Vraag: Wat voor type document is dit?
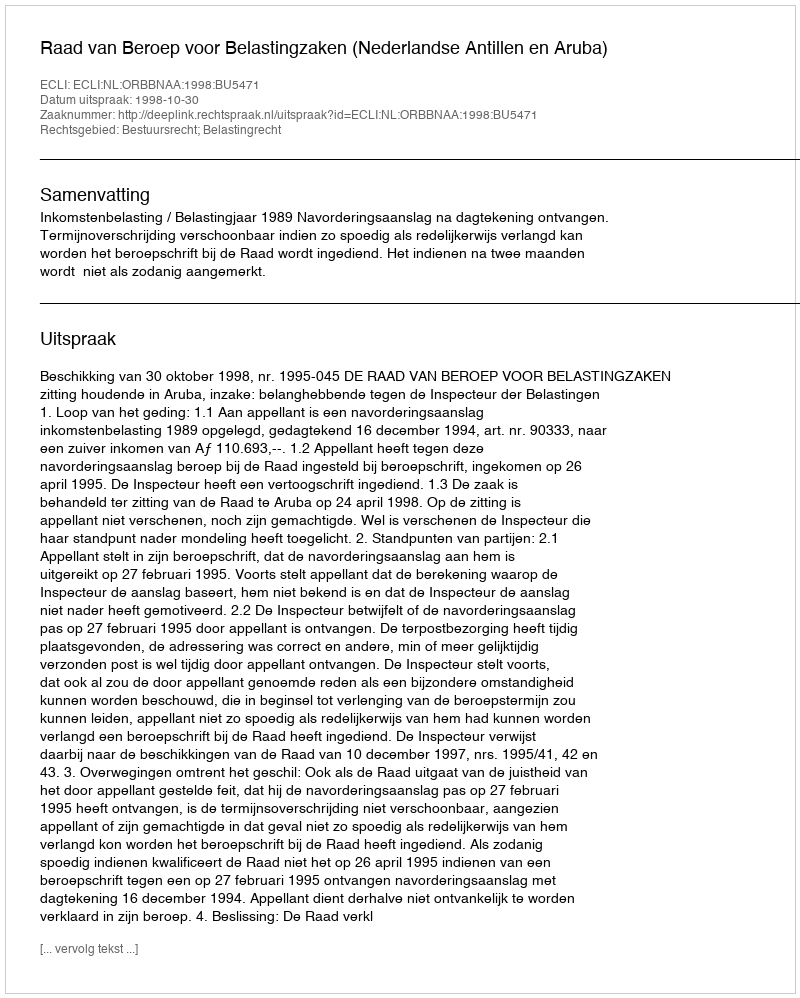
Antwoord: Uitspraak